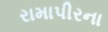
રામાપીરના